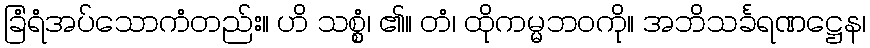
ခြံရံအပ်သောကံတည်း။ ဟိ သစ္စွံ၊ ၏။ တံ၊ ထိုကမ္မဘဝကို။ အဘိသင်္ခရဏဋ္ဌေန၊